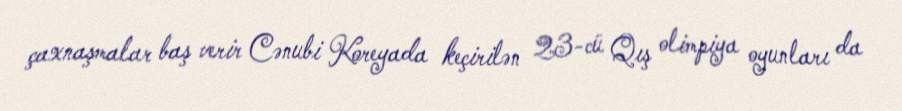
çaxnaşmalar baş verir Cənubi Koreyada keçirilən 23-cü Qış olimpiya oyunları da